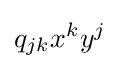
q_{jk}x^{k}y^{j}